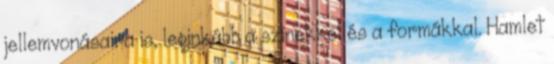
jellemvonásaira is, leginkább a színekkel és a formákkal. Hamlet